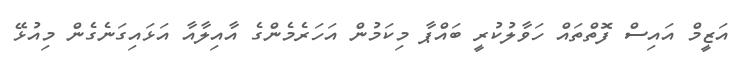
އަޒީމް އައިސް ފޮތްތައް ހަވާލުކުރީ ބައްޕާ މިކަމުން އަހަރެމެންގެ އާއިލާއާ އަޅައިގަނެގެން މިއުޅޭ